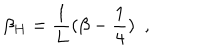
LaTeX: \beta _ { H } = { \frac { 1 } { L } } ( \beta - { \frac { 1 } { 4 } } ) ~ ~ ,